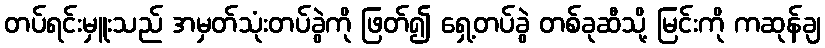
တပ်ရင်းမှူးသည် အမှတ်သုံးတပ်ခွဲကို ဖြတ်၍ ရှေ့တပ်ခွဲ တစ်ခုဆီသို့ မြင်းကို ကဆုန်ချ